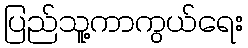
ပြည်သူ့ကာကွယ်ရေး